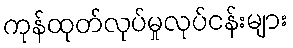
ကုန်ထုတ်လုပ်မှုလုပ်ငန်းများ